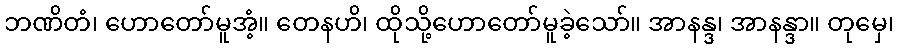
ဘဏိတံ၊ ဟောတော်မူအံ့။ တေနဟိ၊ ထိုသို့ဟောတော်မူခဲ့သော်။ အာနန္ဒ၊ အာနန္ဒာ။ တုမှေ၊